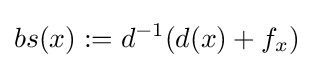
bs(x):=d^{-1}(d(x)+f_{x})